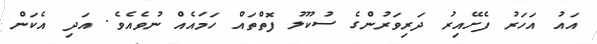
އައު އަހަރު ފެށޭއިރު ދަރިވަރުންގެ ސުކޫލު ފޮތްތައް ހަމައެއް ނުވެއެވެ. އަދި އެކަން